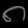
Digit: ၈